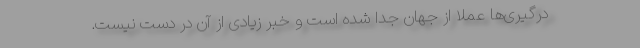
درگیری‌ها عملاً از جهان جدا شده است و خبر زیادی از آن در دست نیست.